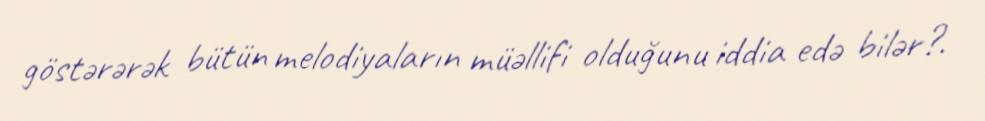
göstərərək bütün melodiyaların müəllifi olduğunu iddia edə bilər?.